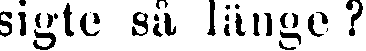
sigte aå länge?